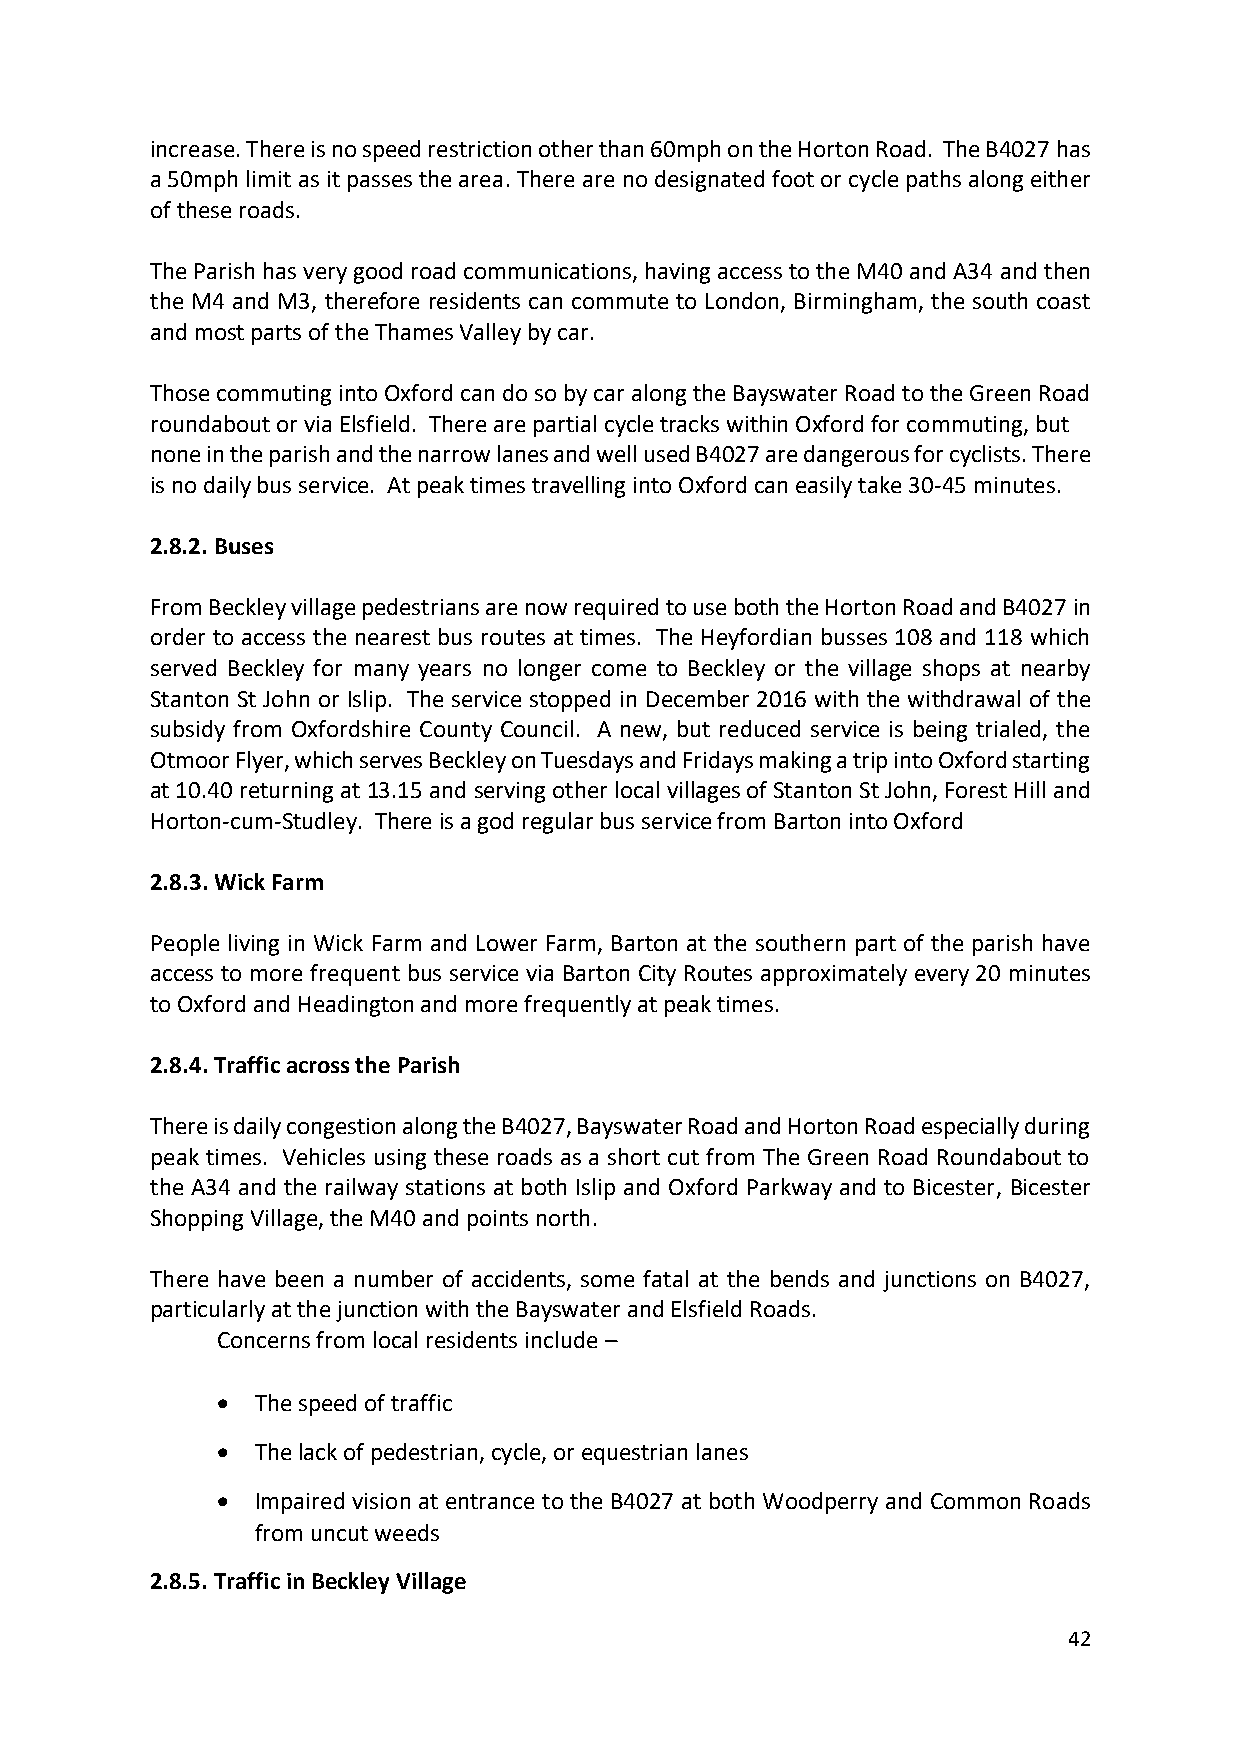
increase. There is no speed restriction other than 60mph on the Horton Road. The B4027 has
 a 50mph limit as it passes the area. There are no designated foot or cycle paths along either
 of these roads.
 The Parish has very good road communications, having access to the M40 and A34 and then
 the M4 and M3, therefore residents can commute to London, Birmingham, the south coast
 and most parts of the Thames Valley by car.
 Those commuting into Oxford can do so by car along the Bayswater Road to the Green Road
 roundabout or via Elsfield. There are partial cycle tracks within Oxford for commuting, but
 none in the parish and the narrow lanes and well used B4027 are dangerous for cyclists. There
 is no daily bus service. At peak times travelling into Oxford can easily take 30-45 minutes.
 2.8.2. Buses
 From Beckley village pedestrians are now required to use both the Horton Road and B4027 in
 order to access the nearest bus routes at times. The Heyfordian busses 108 and 118 which
 served Beckley for many years no longer come to Beckley or the village shops at nearby
 Stanton St John or Islip. The service stopped in December 2016 with the withdrawal of the
 subsidy from Oxfordshire County Council. A new, but reduced service is being trialed, the
 Otmoor Flyer, which serves Beckley on Tuesdays and Fridays making a trip into Oxford starting
 at 10.40 returning at 13.15 and serving other local villages of Stanton St John, Forest Hill and
 Horton-cum-Studley. There is a god regular bus service from Barton into Oxford
 2.8.3. Wick Farm
 People living in Wick Farm and Lower Farm, Barton at the southern part of the parish have
 access to more frequent bus service via Barton City Routes approximately every 20 minutes
 to Oxford and Headington and more frequently at peak times.
 2.8.4. Traffic across the Parish
 There is daily congestion along the B4027, Bayswater Road and Horton Road especially during
 peak times. Vehicles using these roads as a short cut from The Green Road Roundabout to
 the A34 and the railway stations at both Islip and Oxford Parkway and to Bicester, Bicester
 Shopping Village, the M40 and points north.
 There have been a number of accidents, some fatal at the bends and junctions on B4027,
 particularly at the junction with the Bayswater and Elsfield Roads.
 Concerns from local residents include –
 •  The speed of traffic
 •  The lack of pedestrian, cycle, or equestrian lanes
 •  Impaired vision at entrance to the B4027 at both Woodperry and Common Roads
 from uncut weeds
 2.8.5. Traffic in Beckley Village
 42